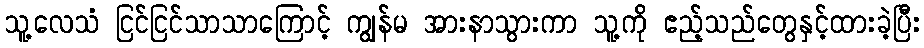
သူ့လေသံ ငြင်ငြင်သာသာကြောင့် ကျွန်မ အားနာသွားကာ သူ့ကို ဧည့်သည်တွေနှင့်ထားခဲ့ပြီး